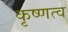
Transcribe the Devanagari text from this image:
कृष्णत्व